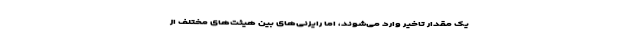
یک مقدار تاخیر وارد می‌شوند، اما رایزنی‌های بین هیئت‌های مختلف از